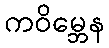
ကဝိမ္ဘေန